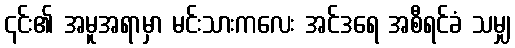
၎င်း၏ အမူအရာမှာ မင်းသားကလေး အင်ဒရေ အစီရင်ခံ သမျှ